Document type: Oath
Year: 1447
Scribe: Pere Figuerola
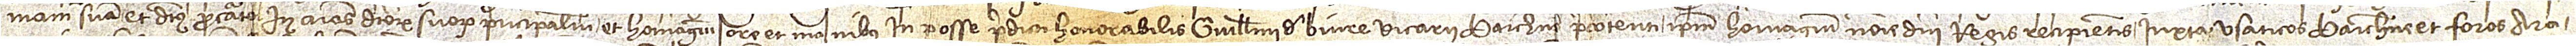
mam suam et dictus procurator in animas dictorum suorum principalium, et homagium ore et manibus in posse predicti honorabilis Guillelmi de Biure, vicarii Barchinone precontenti, ipsum homagium nomine domini regis recipientis iuxta Usaticos Barchinone et foros Ara-